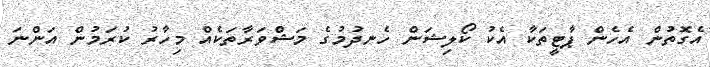
އެގޮތުން އެހެން ޕާޓީތަކާ އެކު ކޯލިޝަން ހެނދުމުގެ މަޝްވަރާތަކެއް މިހާރު ކުރަމުން އަންނަ